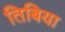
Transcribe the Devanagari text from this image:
तिबिया